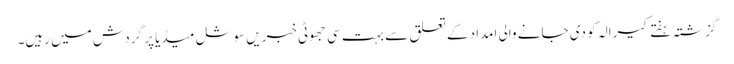
گزشتہ ہفتے کیرالہ کو دی جانے والی امداد کے تعلق سے بہت سی جھوٹی خبریں سوشل میڈیا پر گردش میں رہیں۔